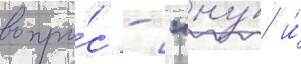
вопро́с - "ну́ и́